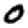
Digit: 0